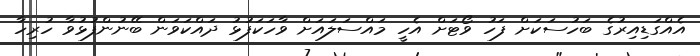
އެއްގަޑިއިރުގެ ބަހުސަކަށް ފަހު ވޯޓަށް އެހީ މައްސަލައަށް ވާހަކަފުޅު ދައްކަވަން ބޭނުންފުޅުވާ ހުރިހާ